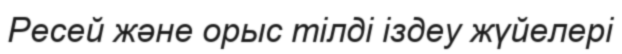
Ресей және орыс тілді іздеу жүйелері